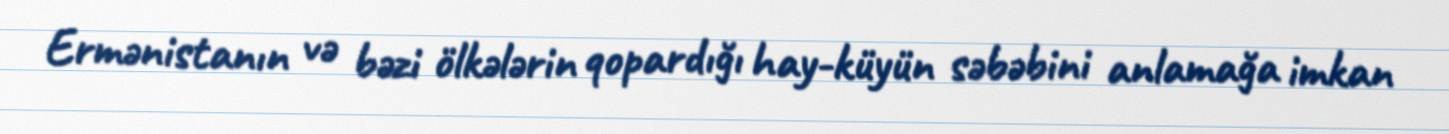
Ermənistanın və bəzi ölkələrin qopardığı hay-küyün səbəbini anlamağa imkan